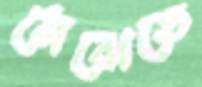
মেঝেতে